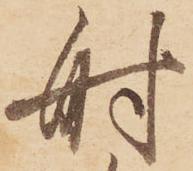
射